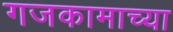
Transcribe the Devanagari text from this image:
गजकामाच्या